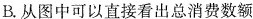
B.从图中可以直接看出总消费数额